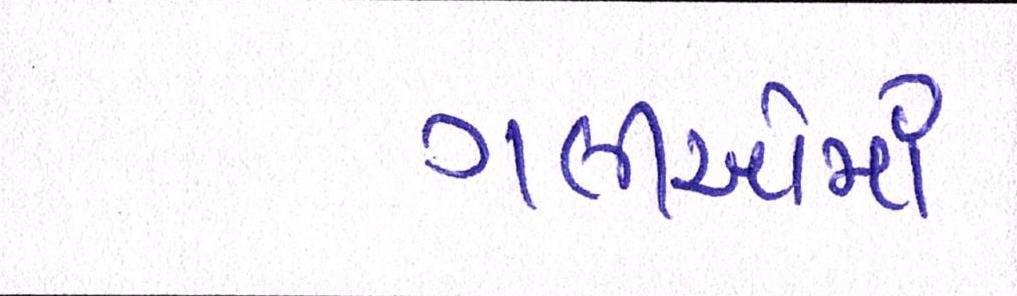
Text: ગલીઓમાં